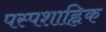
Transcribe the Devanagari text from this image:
पस्पशाह्निक